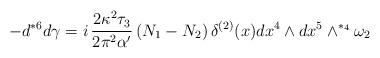
\begin{align*}- d {}^{*6} d \gamma = i \,\frac{2 \kappa^2 \tau_3}{2 \pi^2\alpha'}\, (N_1 - N_2) \,\delta^{(2)} (x) dx^4 \wedge dx^5 \wedge^{*_4} \omega_2\end{align*}